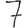
Digit: 7